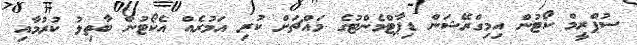
ސުޕްރީމް ކޯޓުން އިމިގްރޭޝަން ޑިޕާޓްމެންޓުގެ މައްޗަށް ކުރި އަމުރެއް އެކޯޓުން ބާތިލު ކުރުމާއި